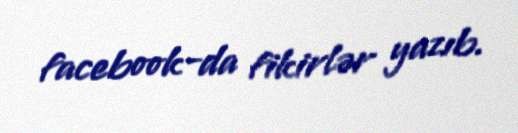
facebook-da fikirlər yazıb.